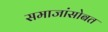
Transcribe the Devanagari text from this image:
समाजांसोबत